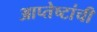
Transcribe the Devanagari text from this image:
आप्तेष्टांची